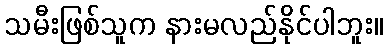
သမီးဖြစ်သူက နားမလည်နိုင်ပါဘူး။